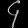
Digit: ၄